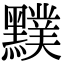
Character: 𪒢